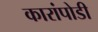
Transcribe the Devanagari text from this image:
कारांपोडी